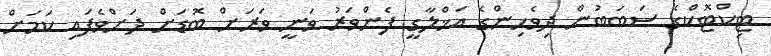
ޓިކްޓޮކްގެ ސަބަބުން ދިވެހިންގެ އަޚްލާގީ ފެންވަރު ވަނީ ވަރަށް ބޮޑަށް ދަށްވެފައި ކަމަށް